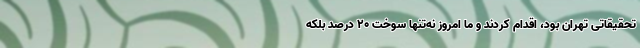
تحقیقاتی تهران بود، اقدام کردند و ما امروز نه‌تنها سوخت 20 درصد بلکه